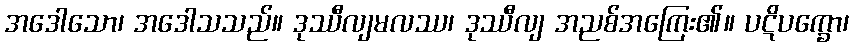
အဒေါသော၊ အဒေါသသည်။ ဒုဿီလျမလဿ၊ ဒုဿီလျ အညစ်အကြေး၏။ ပဋိပက္ခော၊